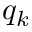
q _ { k }